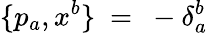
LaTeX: \{ p_{a},x^{b}\} \ =\ -\delta_{a}^{b}